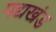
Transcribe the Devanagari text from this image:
पद्यखंड